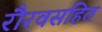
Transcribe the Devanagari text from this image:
रौरवसहित